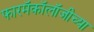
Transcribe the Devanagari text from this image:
फारमॅकॉलॉजीच्या